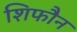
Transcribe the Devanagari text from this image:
शिफौन